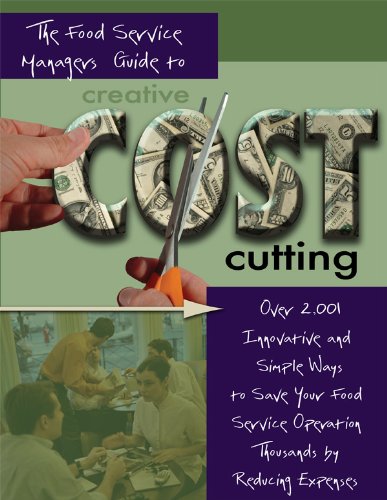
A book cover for The Food Service Manager's Guide to Creative Cost Cutting and Cost Control: Over 2,001 Innovative and Simple Ways to Save Your Food Service Operation ... by Reducing Expenses With Companion CD-ROM; Douglas Robert Brown; Business & Money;